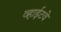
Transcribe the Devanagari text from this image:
व्हाईटवे